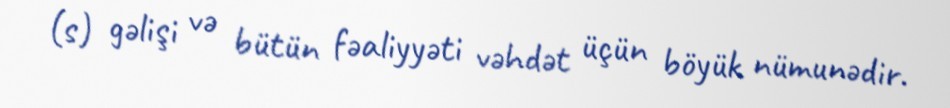
(s) gəlişi və bütün fəaliyyəti vəhdət üçün böyük nümunədir.